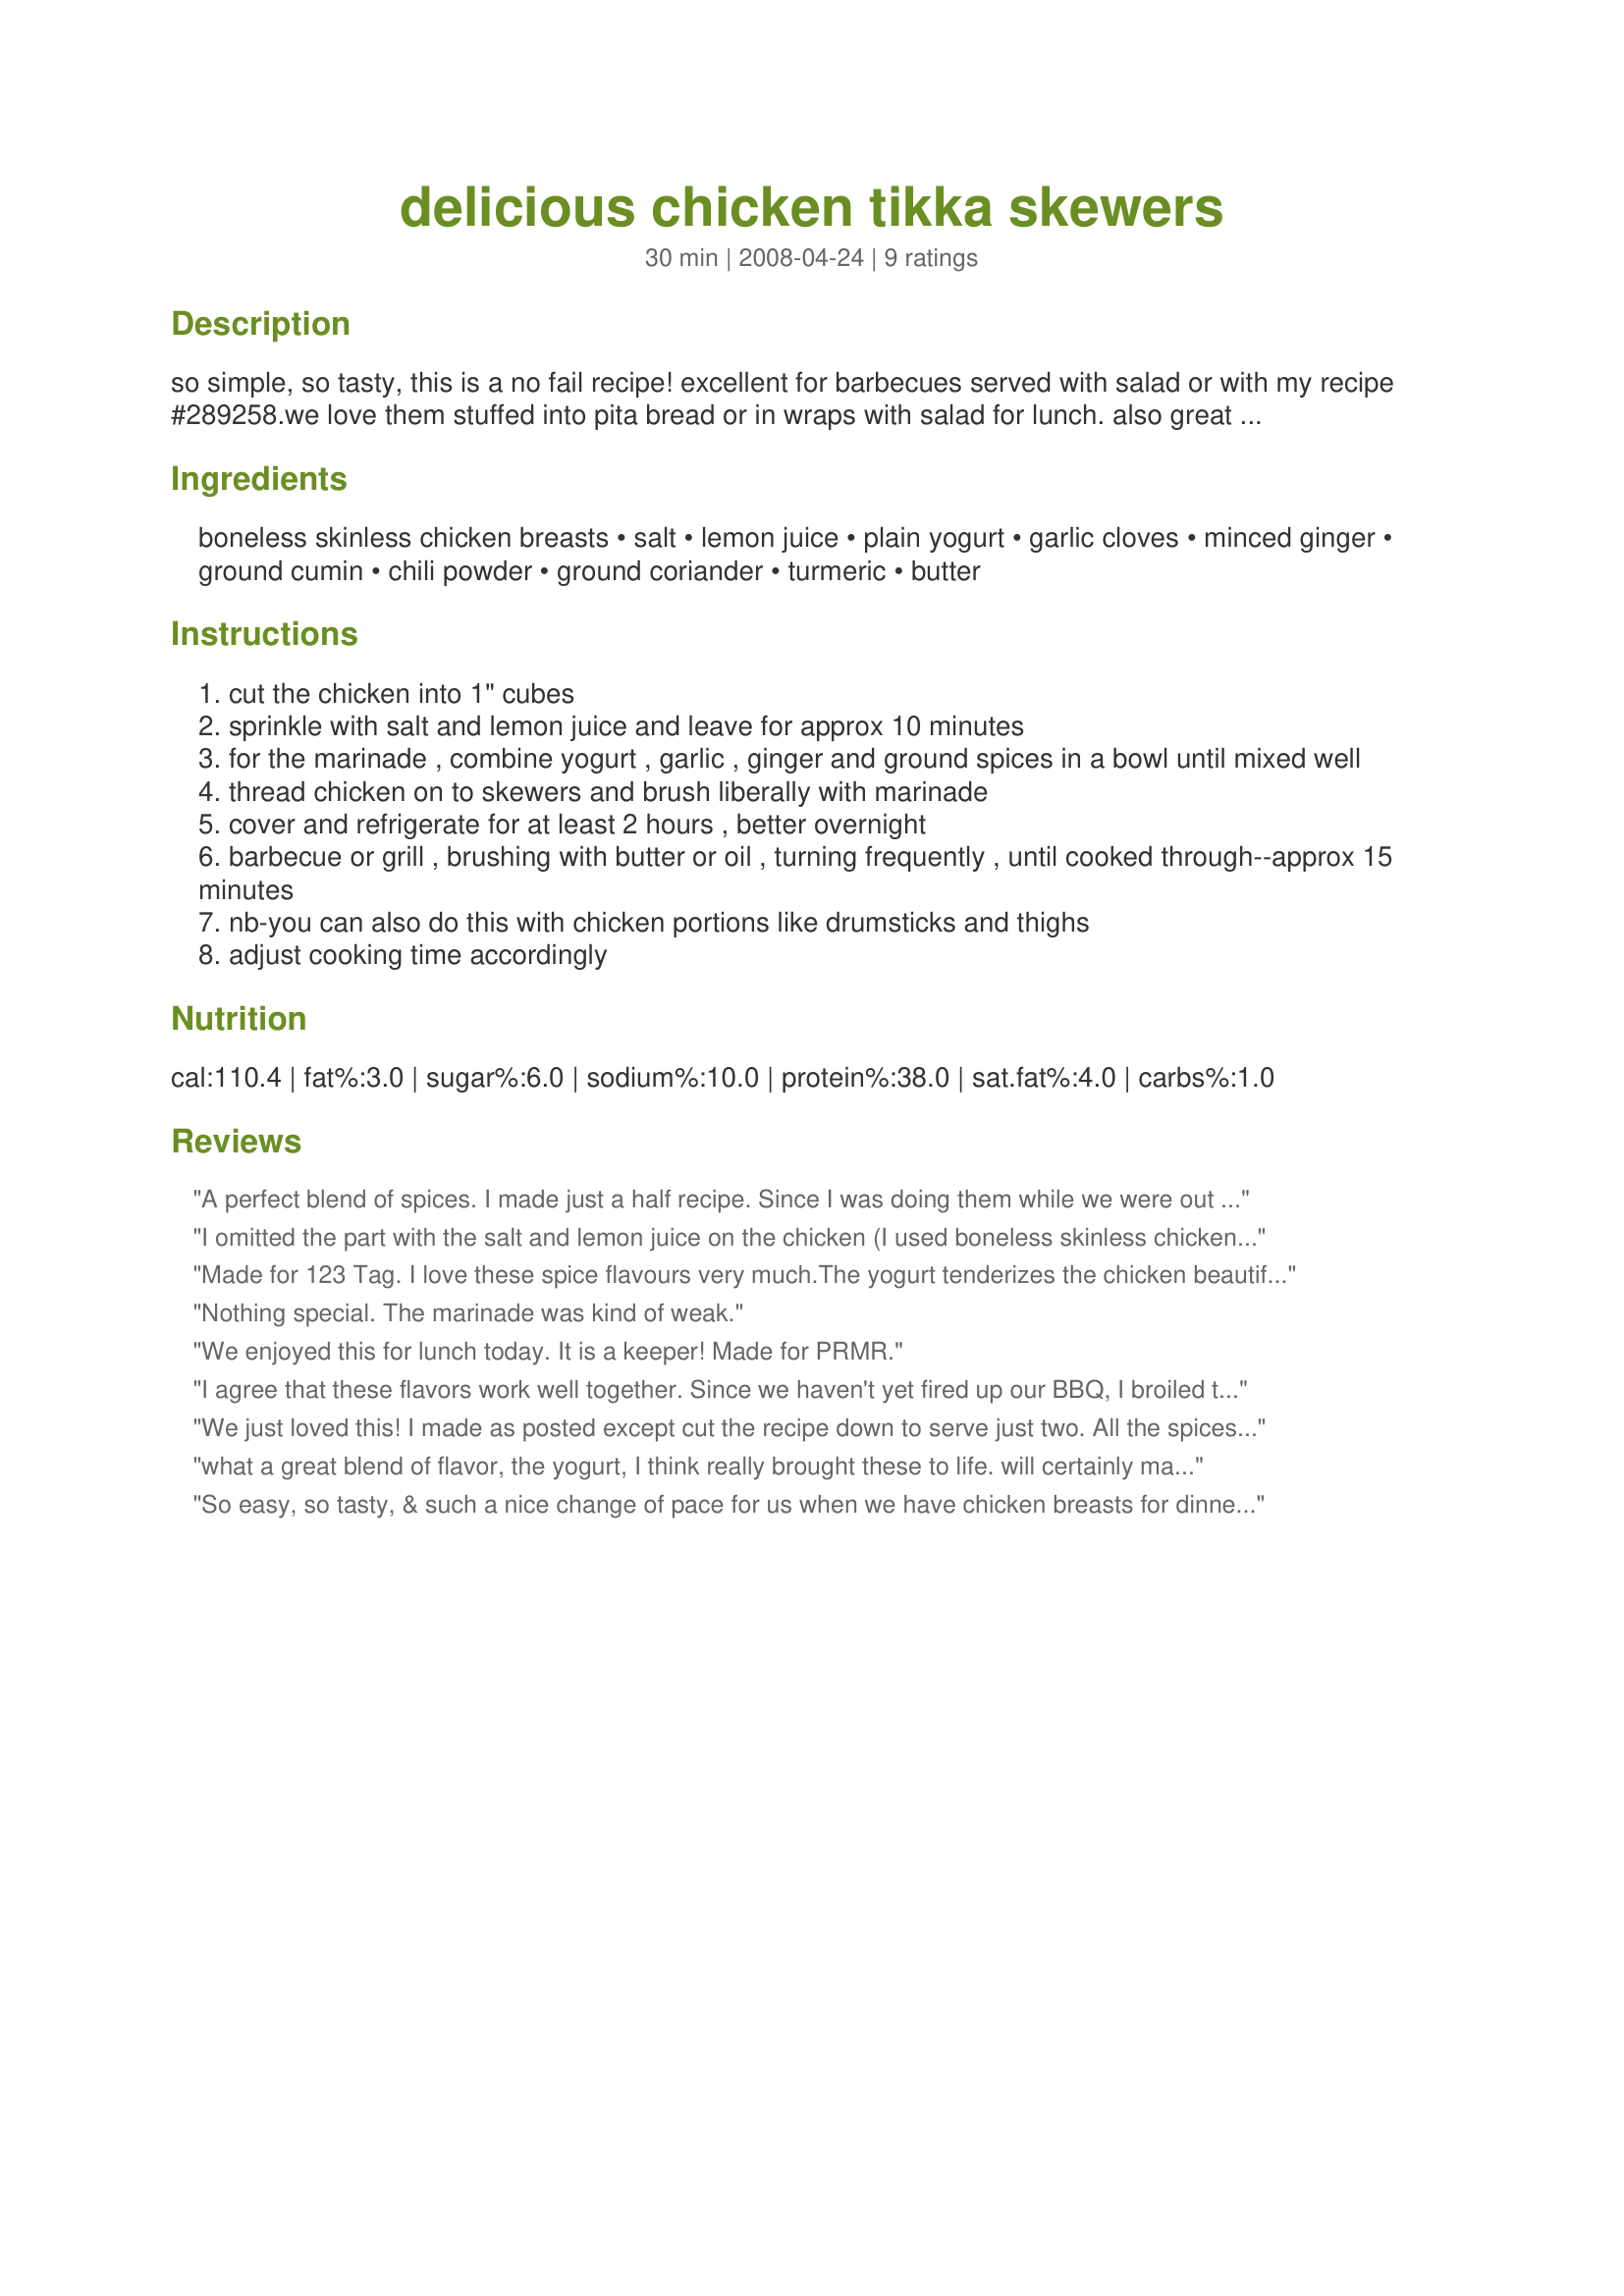
delicious chicken tikka skewers
Preparation time: 30 minutes

so simple, so tasty, this is a no fail recipe! excellent for barbecues served with salad or with my recipe #289258.we love them stuffed into pita bread or in wraps with salad for lunch. also great cold for picnics! timing does not include marinating time.

Ingredients:
boneless skinless chicken breasts, salt, lemon juice, plain yogurt, garlic cloves, minced ginger, ground cumin, chili powder, ground coriander, turmeric, butter

Steps:
cut the chicken into 1" cubes
sprinkle with salt and lemon juice and leave for approx 10 minutes
for the marinade , combine yogurt , garlic , ginger and ground spices in a bowl until mixed well
thread chicken on to skewers and brush liberally with marinade
cover and refrigerate for at least 2 hours , better overnight
barbecue or grill , brushing with butter or oil , turning frequently , until cooked through--approx 15 minutes
nb-you can also do this with chicken portions like drumsticks and thighs
adjust cooking time accordingly

Reviews:
A perfect blend of spices. I made just a half recipe. Since I was doing them while we were out in the motorhome, and 'fridge space is at a premium, I put the cubed chicken in a Ziploc bag with the marinade overnight, and "skewered" them just before cooking on the portable grill. Served with rice. Will be making these again, for sure!
I omitted the part with the salt and lemon juice on the chicken (I used boneless skinless chicken thighs). In the marinade, I omitted the coriander. Since I wanted it low-fat, I didn't brush with melted butter. The taste was very yummy. And the chicken very tender. Thanks Noo :) Made for PRMR tag game
Made for 123 Tag.
I love these spice flavours very much.The yogurt tenderizes the chicken beautifully.I broiled them as my BBQ is not ready for the upcoming season just yet.
Nothing special. The marinade was kind of weak.
We enjoyed this for lunch today. It is a keeper! Made for PRMR.
I agree that these flavors work well together. Since we haven't yet fired up our BBQ, I broiled these; the broiler took less than 15 minutes to cook. Also, my 'fridge did not have room for the chicken on the skewers, so I marinated the chicken cubes in the bowl and then threaded the skewers before cooking. Thanks, Noo! Made for <b>123 HW</b>.
We just loved this! I made as posted except cut the recipe down to serve just two. All the spices worked great together. This created a nice and tender chicken dish. I served mine with some potato wedges and steamed cauliflower as the side dishes. Thanks for posting. :)
what a great blend of flavor, the yogurt, I think really brought these to life. will certainly make again. tagged in the newest ... thanks noo......
So easy, so tasty, & such a nice change of pace for us when we have chicken breasts for dinner! The only change I made was to use lemon pepper instead of the salt on the breasts, & we thought that worked just fine! Definitely a keeper of a recipe! [Tagged, made & reviewed in Gimme 5 tag
